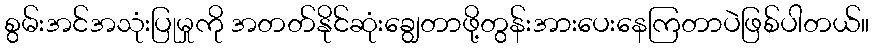
စွမ်းအင်အသုံးပြုမှုကို အတတ်နိုင်ဆုံးချွေတာဖို့တွန်းအားပေးနေကြတာပဲဖြစ်ပါတယ်။